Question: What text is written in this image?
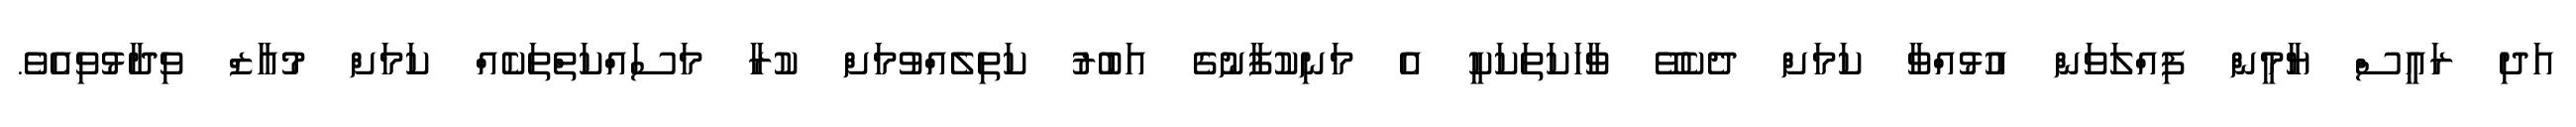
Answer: އަދި ރައީސް ޔާމީން ފިއްލަވަން އުޅުއްވާ ކަމަށް ދެކެވޭ ވާހަކަތަކަކީ އެ މަނިކުފާނުގެ އަބުރު ކަތިލެއްވުމަށް ކުރާ މަސައްކަތްތަކެއް ކަމަށް މުއާޒް ވިދާޅުވިއެވެ.